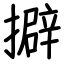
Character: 擗